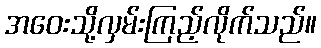
အဝေးသို့လှမ်းကြည့်လိုက်သည်။